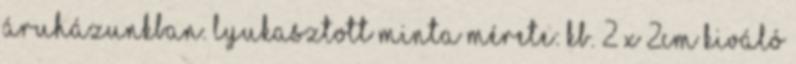
áruházunkban. Lyukasztott minta mérete: kb. 2 x 2cm Kiváló